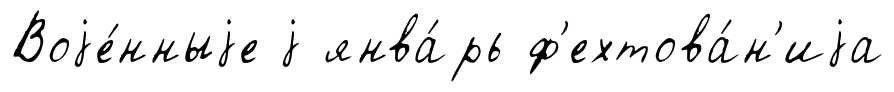
Воjе́нныjе j янва́рь ф'ехтова́н'иjа